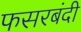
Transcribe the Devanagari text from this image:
फसरबंदी